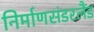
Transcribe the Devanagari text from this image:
निर्माणसंडरलैंड